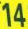
14